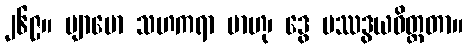
၂၆၉။ ဗျာမော သဟကရာ ဗာဟု၊ ဒွေ ပဿဒွယဝိတ္ထတာ။